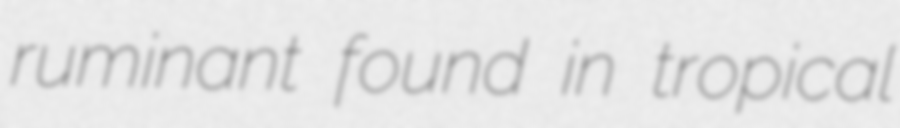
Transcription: ruminant found in tropical